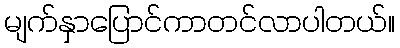
မျက်နှာပြောင်ကာတင်လာပါတယ်။